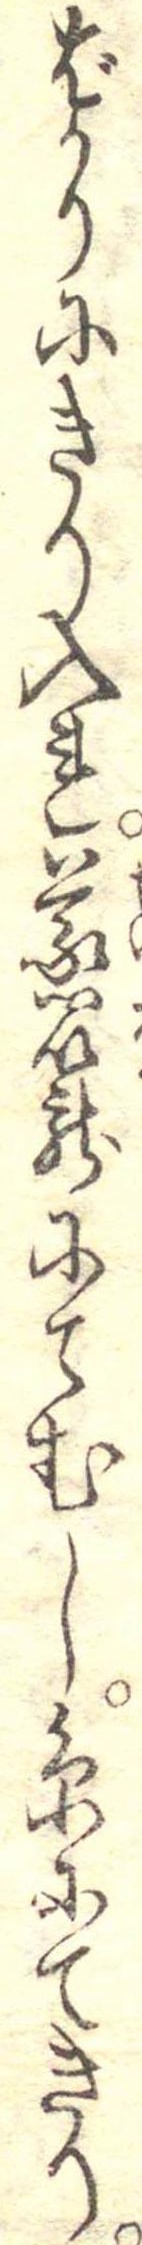
ばかりにきり入れ蒸篭にてむし糸にてきり